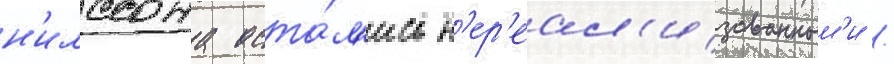
н'илссона оста́л'ись н'ер'еал'изованным'и /